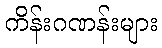
ကိန်းဂဏန်းများ